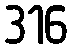
316